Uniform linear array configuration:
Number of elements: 48
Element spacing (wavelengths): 0.5
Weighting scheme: exponential
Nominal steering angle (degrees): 30
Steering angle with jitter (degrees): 31.728
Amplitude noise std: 0.05
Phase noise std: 0.05

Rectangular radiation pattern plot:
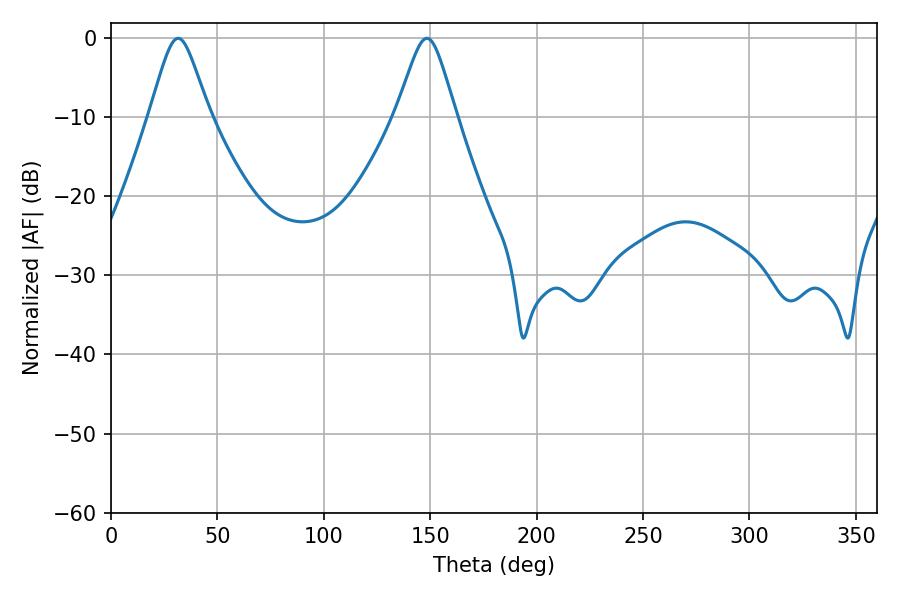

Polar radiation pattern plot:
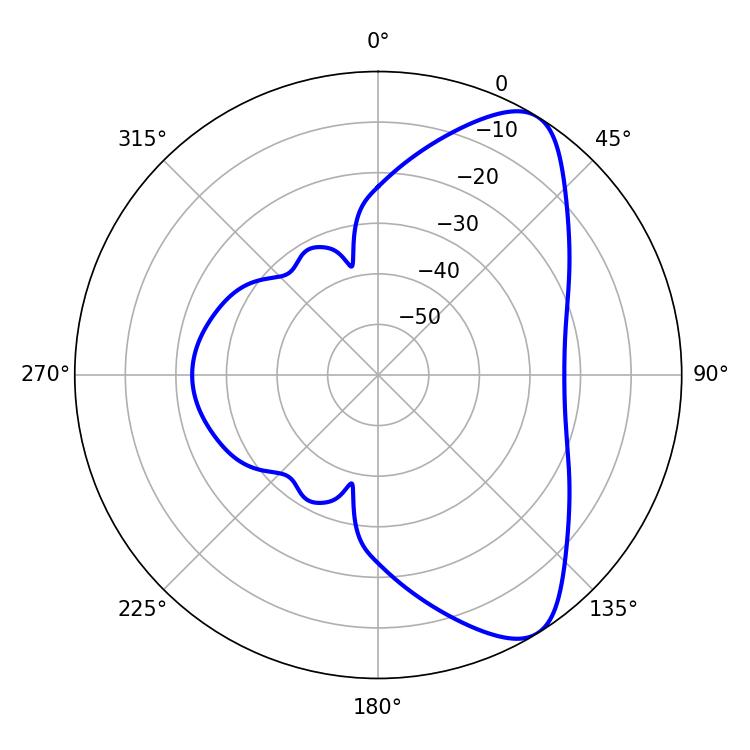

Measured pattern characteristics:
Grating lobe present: FALSE
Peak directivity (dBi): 8.16
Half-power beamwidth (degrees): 13.32
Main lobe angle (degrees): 31.5